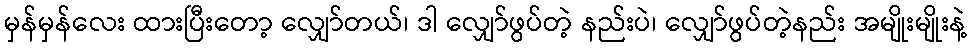
မှန်မှန်လေး ထားပြီးတော့ လျှော်တယ်၊ ဒါ လျှော်ဖွပ်တဲ့ နည်းပဲ၊ လျှော်ဖွပ်တဲ့နည်း အမျိုးမျိုးနဲ့